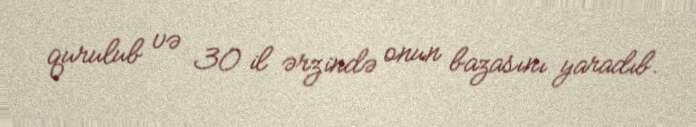
qurulub və 30 il ərzində onun bazasını yaradıb.